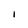
Character: 1